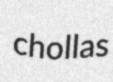
chollas